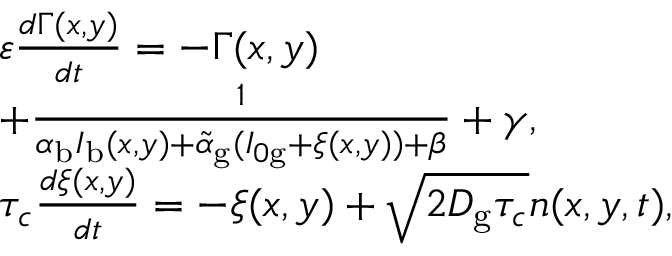
\begin{array} { l } { \varepsilon \frac { d \Gamma ( x , y ) } { d t } = - \Gamma ( x , y ) } \\ { + \frac { 1 } { \alpha _ { \mathrm { b } } I _ { \mathrm { b } } ( x , y ) + \tilde { \alpha } _ { \mathrm { g } } ( I _ { 0 \mathrm { g } } + \xi ( x , y ) ) + \beta } + \gamma , } \\ { \tau _ { c } \frac { d \xi ( x , y ) } { d t } = - \xi ( x , y ) + \sqrt { 2 D _ { \mathrm { g } } \tau _ { c } } n ( x , y , t ) , } \end{array}